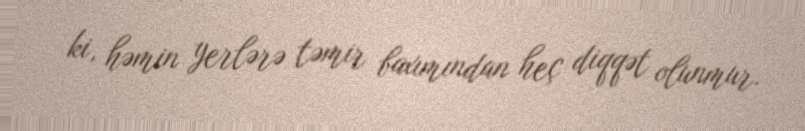
ki, həmin yerlərə təmir baxımından heç diqqət olunmur.